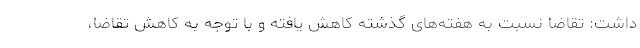
داشت: تقاضا نسبت به هفته‌های گذشته کاهش یافته و با توجه به کاهش تقاضا،